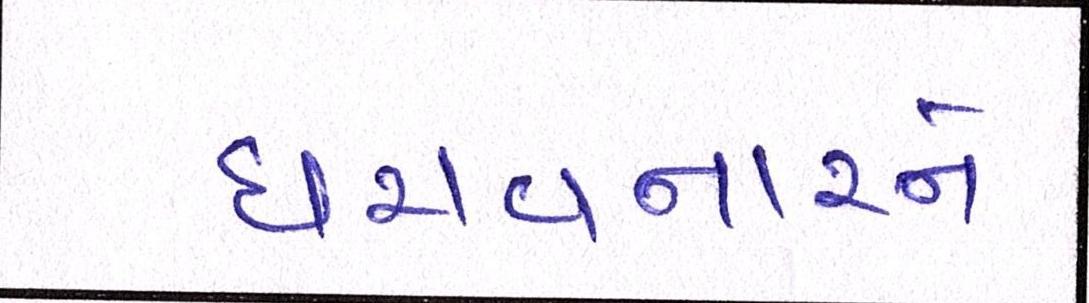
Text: ધરાવનારને